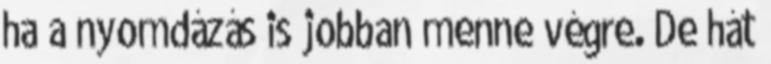
ha a nyomdázás is jobban menne végre. De hát